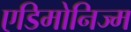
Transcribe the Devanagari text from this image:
एडिमोनिज्म